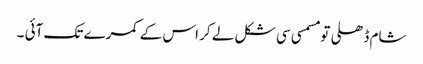
شام ڈھلی تو مسمسی سی شکل لے کر اس کے کمرے تک آئی ۔